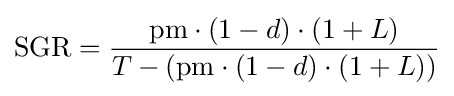
{\text{SGR}}={\frac {\mathrm {pm} \cdot (1-d)\cdot (1+L)}{T-(\mathrm {pm} \cdot (1-d)\cdot (1+L))}}